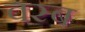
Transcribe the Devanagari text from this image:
वस्ब